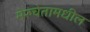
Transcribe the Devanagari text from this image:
मेरुचेतामधील